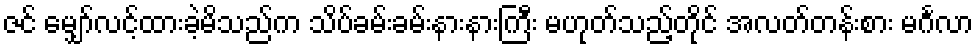
ဇင် မျှော်လင့်ထားခဲ့မိသည်က သိပ်ခမ်းခမ်းနားနားကြီး မဟုတ်သည့်တိုင် အလတ်တန်းစား မင်္ဂလာ